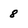
Character: 8